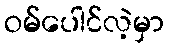
ဝမ်ပေါင်လဲ့မှာ